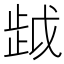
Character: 𰙯